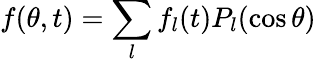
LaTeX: f(\theta,t)=\sum_{l}f_{l}(t)P_{l}(\cos\theta)